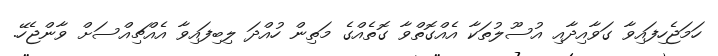
ހަމަޖެހިފައިވާ ގަވާއިދާއި އުސޫލުތަކާ އެއްގޮތްވާ ގޮތެއްގެ މަތިން ހުއްދަ ލިބިފައިވާ އެއްޗިއްސަށް ވާންޖެހޭ.